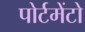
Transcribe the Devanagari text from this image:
पोर्टमेंटो